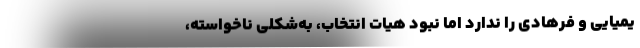
یمیایی و فرهادی را ندارد اما نبود هیات‌ انتخاب، به‌شکلی ناخواسته،